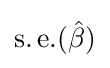
\operatorname {s.e.} ({\hat {\beta }})